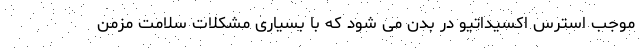
موجب استرس اکسیداتیو در بدن می شود که با بسیاری مشکلات سلامت مزمن